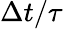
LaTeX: \Delta t/\tau